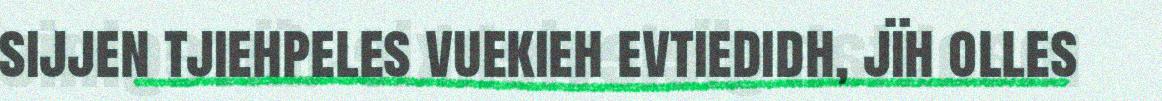
sijjen tjiehpeles vuekieh evtiedidh, jïh olles